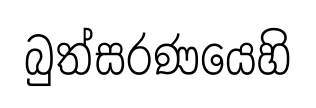
බුත්සරණයෙහි